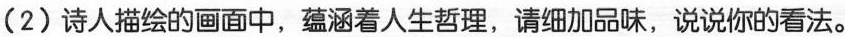
(2)诗人描绘的画面中，蕴涵着人生哲理，请细加品味，说说你的看法。